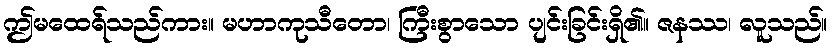
ဤမထေရ်သည်ကား။ မဟာကုသီတော၊ ကြီးစွာသော ပျင်းခြင်းရှိ၏။ ဇနဿ၊ လူသည်။